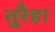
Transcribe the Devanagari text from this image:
तुरैहा